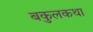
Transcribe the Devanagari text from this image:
बकुलकथा